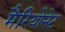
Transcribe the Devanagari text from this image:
मैरियोनेट